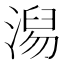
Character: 𣺅